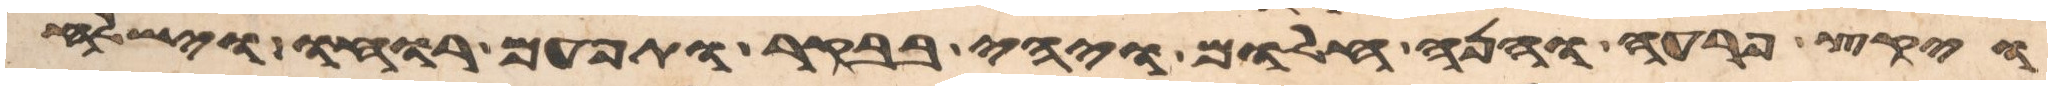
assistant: ויקץ פרעה והנה חלום ויהי בבקר ותפעם רוחו וישלח